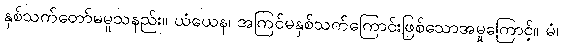
နှစ်သက်တော်မမူသနည်း။ ယံယေန၊ အကြင်မနှစ်သက်ကြောင်းဖြစ်သောအမှုကြောင့်။ မံ၊